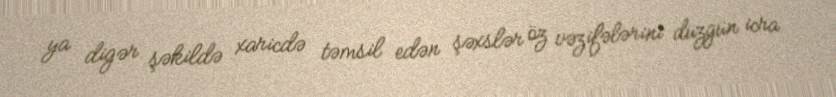
ya digər şəkildə xaricdə təmsil edən şəxslər öz vəzifələrini düzgün icra